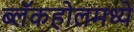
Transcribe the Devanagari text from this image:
ब्लॅकहोलमध्ये